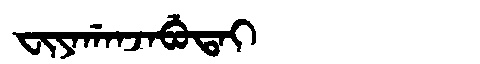
Manchu: ᠸᡳᠶᠠᡤᠠᠨᠵᠠᠪᡠᡨᠠᡳ
Romanization: FIYAGANJABUTAI